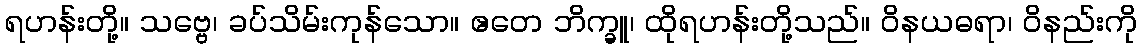
ရဟန်းတို့။ သဗ္ဗေ၊ ခပ်သိမ်းကုန်သော။ ဧတေ ဘိက္ခူ၊ ထိုရဟန်းတို့သည်။ ဝိနယဓရာ၊ ဝိနည်းကို